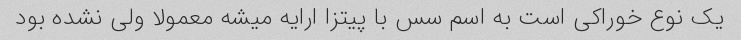
یک نوع خوراکی است به اسم سس با پیتزا ارایه میشه معمولا ولی نشده بود